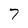
Character: 7